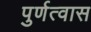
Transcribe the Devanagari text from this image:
पुर्णत्‍वास